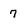
Character: 7